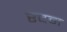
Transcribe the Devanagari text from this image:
रदम